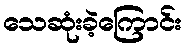
သေဆုံးခဲ့ကြောင်း